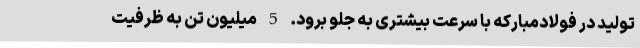
تولید در فولادمبارکه با سرعت بیشتری به جلو برود. 5 میلیون تن به ظرفیت